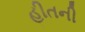
હીતની